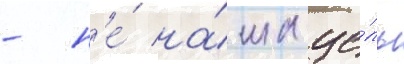
- н'е́ на́ша це́ль